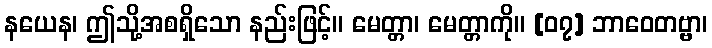
နယေန၊ ဤသို့အစရှိသော နည်းဖြင့်။ မေတ္တာ၊ မေတ္တာကို။ [၀၇] ဘာဝေတဗ္ဗာ၊